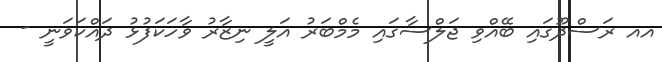
އއ ރަސްދޫގައި ބޭއްވި ޖަލްސާގައި މެމްބަރު އަލީ ނިޒާރު ވާހަކަފުޅު ދައްކަވަނީ -